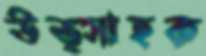
উত্সাহক